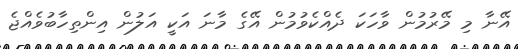
އޭނާ މި މޭރުމުން ވާހަކަ ދެއްކެވުމުން އޭގެ މާނަ އަކީ އަލުން އިންތިހާބުވެއްޖެ